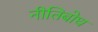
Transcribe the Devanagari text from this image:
नीतिबोध